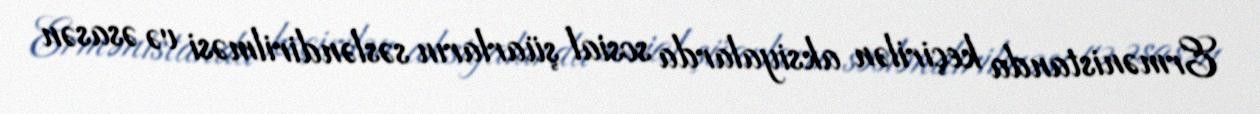
Ermənistanda keçirilən aksiyalarda sosial şüarların səsləndirilməsi və əsasən